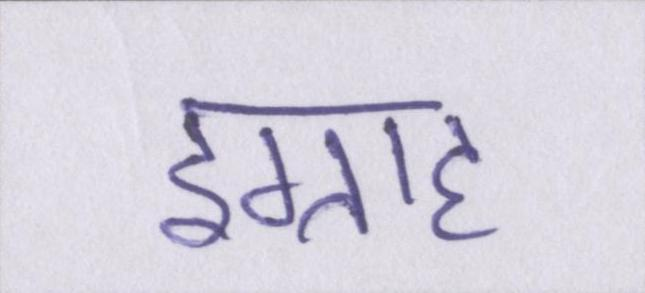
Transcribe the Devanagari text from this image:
इग्राह